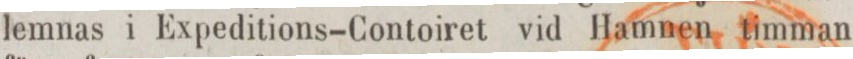
lemnas i Expeditions-Contoiret vid Hamnen timman